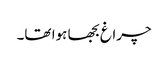
چراغ بجھا ہوا تھا۔